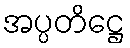
အပ္ပတိဋ္ဌေ